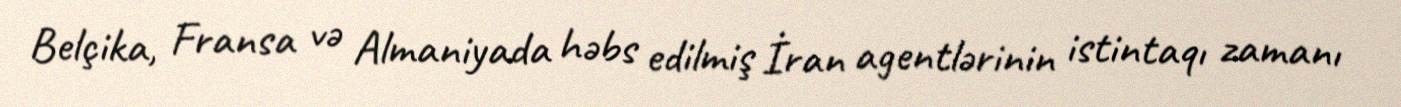
Belçika, Fransa və Almaniyada həbs edilmiş İran agentlərinin istintaqı zamanı